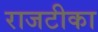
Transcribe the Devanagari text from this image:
राजटीका